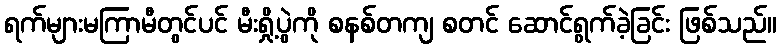
ရက်များမကြာမီတွင်ပင် မီးရှို့ပွဲကို စနစ်တကျ စတင် ဆောင်ရွက်ခဲ့ခြင်း ဖြစ်သည်။